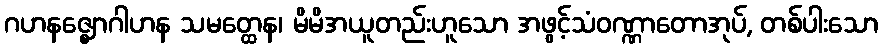
ဂဟနဇ္ဈောဂါဟန သမတ္ထေန၊ မိမိအယူတည်းဟူသော အဖွင့်သံဝဏ္ဏာတောအုပ်, တစ်ပါးသော